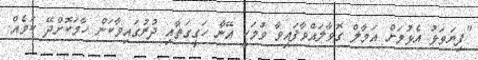
"ފިޔަވަޅު އެޅުމަށް އަމާލް ގޮވާލައްވާފައިވާ ވުމަކީ އޭނާ ހަގީގަތާއި ދުރުގައިވާކަން ހާމަކޮށްދޭ ކަމެއް.